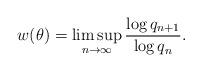
LaTeX: \begin{align*}w(\theta) =\limsup_{n\to\infty} {\log q_{n+1}\over \log q_n}. \end{align*}